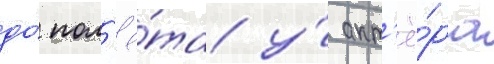
до́ пол'ё́та у́ акт'ё́ра